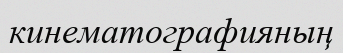
кинематографияның